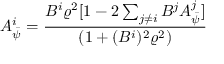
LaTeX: A _ { \bar { \psi } } ^ { i } = \frac { B ^ { i } \varrho ^ { 2 } [ 1 - 2 \sum _ { j \neq i } B ^ { j } A _ { \bar { \psi } } ^ { j } ] } { ( 1 + ( B ^ { i } ) ^ { 2 } \varrho ^ { 2 } ) }